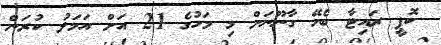
ކޮޕީ ރައިޓާ ބެހޭ ގާނޫނަށް މި މަހުގެ 21 އަށް އަމަލު ކުރަން